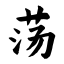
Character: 荡